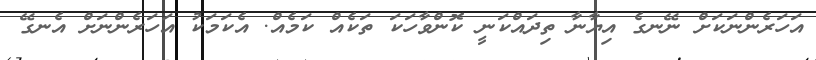
އަހަރެންނަކަށް ނޭނގެ އިޔާނާ ތިދައްކަނީ ކޮންވާހަކަ ތަކެއް ކަމެއް. އެކަމަކު އަހަރެންނަށް އެނގޭ